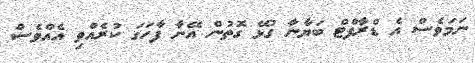
ނަމަވެސް އެ ޑްރާފްޓް ބަޔާނާ ގުޅޭ ގޮތުން އޭނާ ފާހަގަ ކުރެއްވި އެއްވެސް